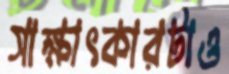
সাক্ষাৎকারটাও